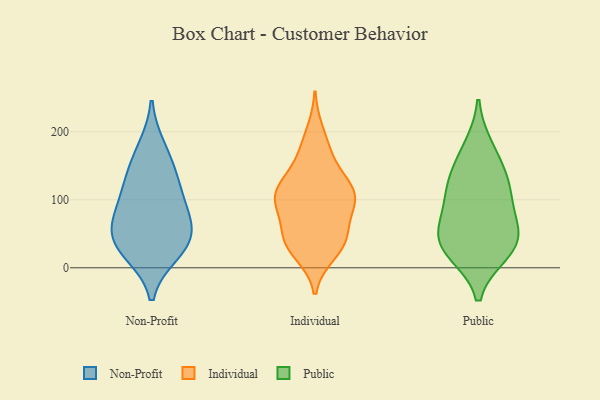
{"axis": {"x": "Customer Acquisition Cost (USD)", "y": "Value"}, "legend": ["Individual", "Non-Profit", "Public"], "data": [{"x": "", "y": 52, "type": "Non-Profit"}, {"x": "", "y": 93, "type": "Non-Profit"}, {"x": "", "y": 176, "type": "Non-Profit"}, {"x": "", "y": 22, "type": "Non-Profit"}, {"x": "", "y": 92, "type": "Non-Profit"}, {"x": "", "y": 58, "type": "Non-Profit"}, {"x": "", "y": 127, "type": "Non-Profit"}, {"x": "", "y": 46, "type": "Non-Profit"}, {"x": "", "y": 26, "type": "Non-Profit"}, {"x": "", "y": 143, "type": "Non-Profit"}, {"x": "", "y": 123, "type": "Individual"}, {"x": "", "y": 103, "type": "Individual"}, {"x": "", "y": 21, "type": "Individual"}, {"x": "", "y": 113, "type": "Individual"}, {"x": "", "y": 53, "type": "Individual"}, {"x": "", "y": 167, "type": "Individual"}, {"x": "", "y": 88, "type": "Individual"}, {"x": "", "y": 93, "type": "Individual"}, {"x": "", "y": 39, "type": "Individual"}, {"x": "", "y": 110, "type": "Individual"}, {"x": "", "y": 49, "type": "Individual"}, {"x": "", "y": 101, "type": "Individual"}, {"x": "", "y": 39, "type": "Individual"}, {"x": "", "y": 116, "type": "Individual"}, {"x": "", "y": 171, "type": "Individual"}, {"x": "", "y": 138, "type": "Individual"}, {"x": "", "y": 42, "type": "Individual"}, {"x": "", "y": 95, "type": "Individual"}, {"x": "", "y": 200, "type": "Individual"}, {"x": "", "y": 25, "type": "Individual"}, {"x": "", "y": 102, "type": "Public"}, {"x": "", "y": 53, "type": "Public"}, {"x": "", "y": 176, "type": "Public"}, {"x": "", "y": 144, "type": "Public"}, {"x": "", "y": 26, "type": "Public"}, {"x": "", "y": 126, "type": "Public"}, {"x": "", "y": 23, "type": "Public"}, {"x": "", "y": 98, "type": "Public"}, {"x": "", "y": 48, "type": "Public"}, {"x": "", "y": 43, "type": "Public"}]}